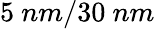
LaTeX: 5\ nm/30\ nm